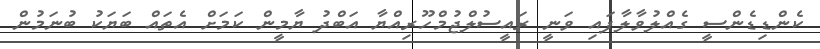
ކެންޑިޑެންސީ ގެއްލުވާލާފައި ވަނީ ރައީސުލްޖުމްހޫރިއްޔާ އަބްދު ޔާމީން ކަމަށް އެތައް ބަޔަކު ބުނަމުން